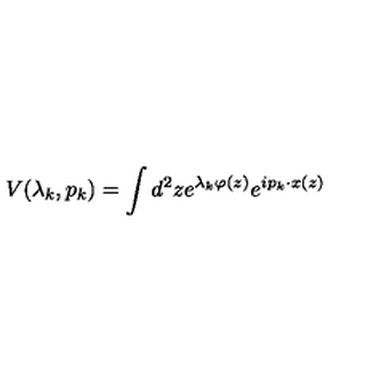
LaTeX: V ( \lambda _ { k } , p _ { k } ) = \int d ^ { 2 } z e ^ { \lambda _ { k } \varphi ( z ) } e ^ { i p _ { k } \cdot x ( z ) }